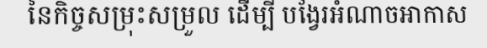
នៃកិច្ចសម្រុះសម្រួល ដើម្បី បង្វែរអំណាចអាកាស